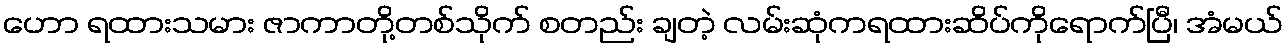
ဟော ရထားသမား ဇာကာတို့တစ်သိုက် စတည်း ချတဲ့ လမ်းဆုံကရထားဆိပ်ကိုရောက်ပြီ၊ အံမယ်